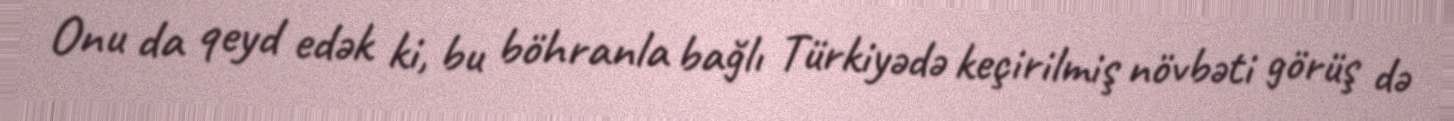
Onu da qeyd edək ki, bu böhranla bağlı Türkiyədə keçirilmiş növbəti görüş də